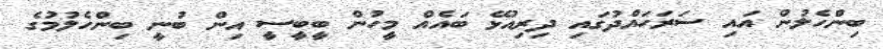
ބިންހެލުން އައި ސަރަހައްދުގައި ދިރިއުޅޭ ބައެއް މީހުން ބީބީސީ އިން ބުނީ ބިންހެލުމުގެ